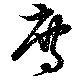
廌